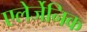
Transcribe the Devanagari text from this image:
एलेर्जेनिक